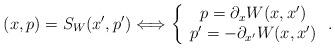
LaTeX: \begin{align*}(x,p)=S_{W}(x^{\prime},p^{\prime})\Longleftrightarrow\left\{\begin{array}[c]{c}p=\partial_{x}W(x,x^{\prime})\\p^{\prime}=-\partial_{x^{\prime}}W(x,x^{\prime})\end{array}\right. . \end{align*}